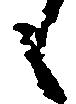
も